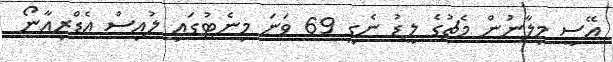
އޭސީ މިލާނުން މެޗުގެ ލީޑު ނެގީ 69 ވަނަ މިނެޓުގައި ލުއިސް އެޑްރިއާނޯ